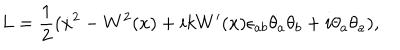
LaTeX: L = \frac { 1 } { 2 } ( \dot { x } { } ^ { 2 } - W ^ { 2 } ( x ) + i k W ^ { \prime } ( x ) \epsilon _ { a b } \theta _ { a } \theta _ { b } + i \theta _ { a } \theta _ { a } ) ,